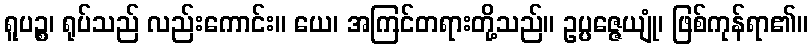
ရူပဉ္စ၊ ရုပ်သည် လည်းကောင်း။ ယေ၊ အကြင်တရားတို့သည်။ ဥပ္ပဇ္ဇေယျုံ၊ ဖြစ်ကုန်ရာ၏။